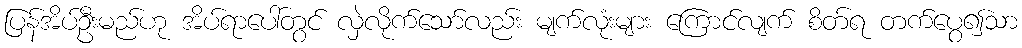
ပြန်အိပ်ဦးမည်ဟု အိပ်ရာပေါ်တွင် လှဲလိုက်သော်လည်း မျက်လုံးများ ကြောင်လျက် စိတ်ရ တက်ပွေ၍သာ